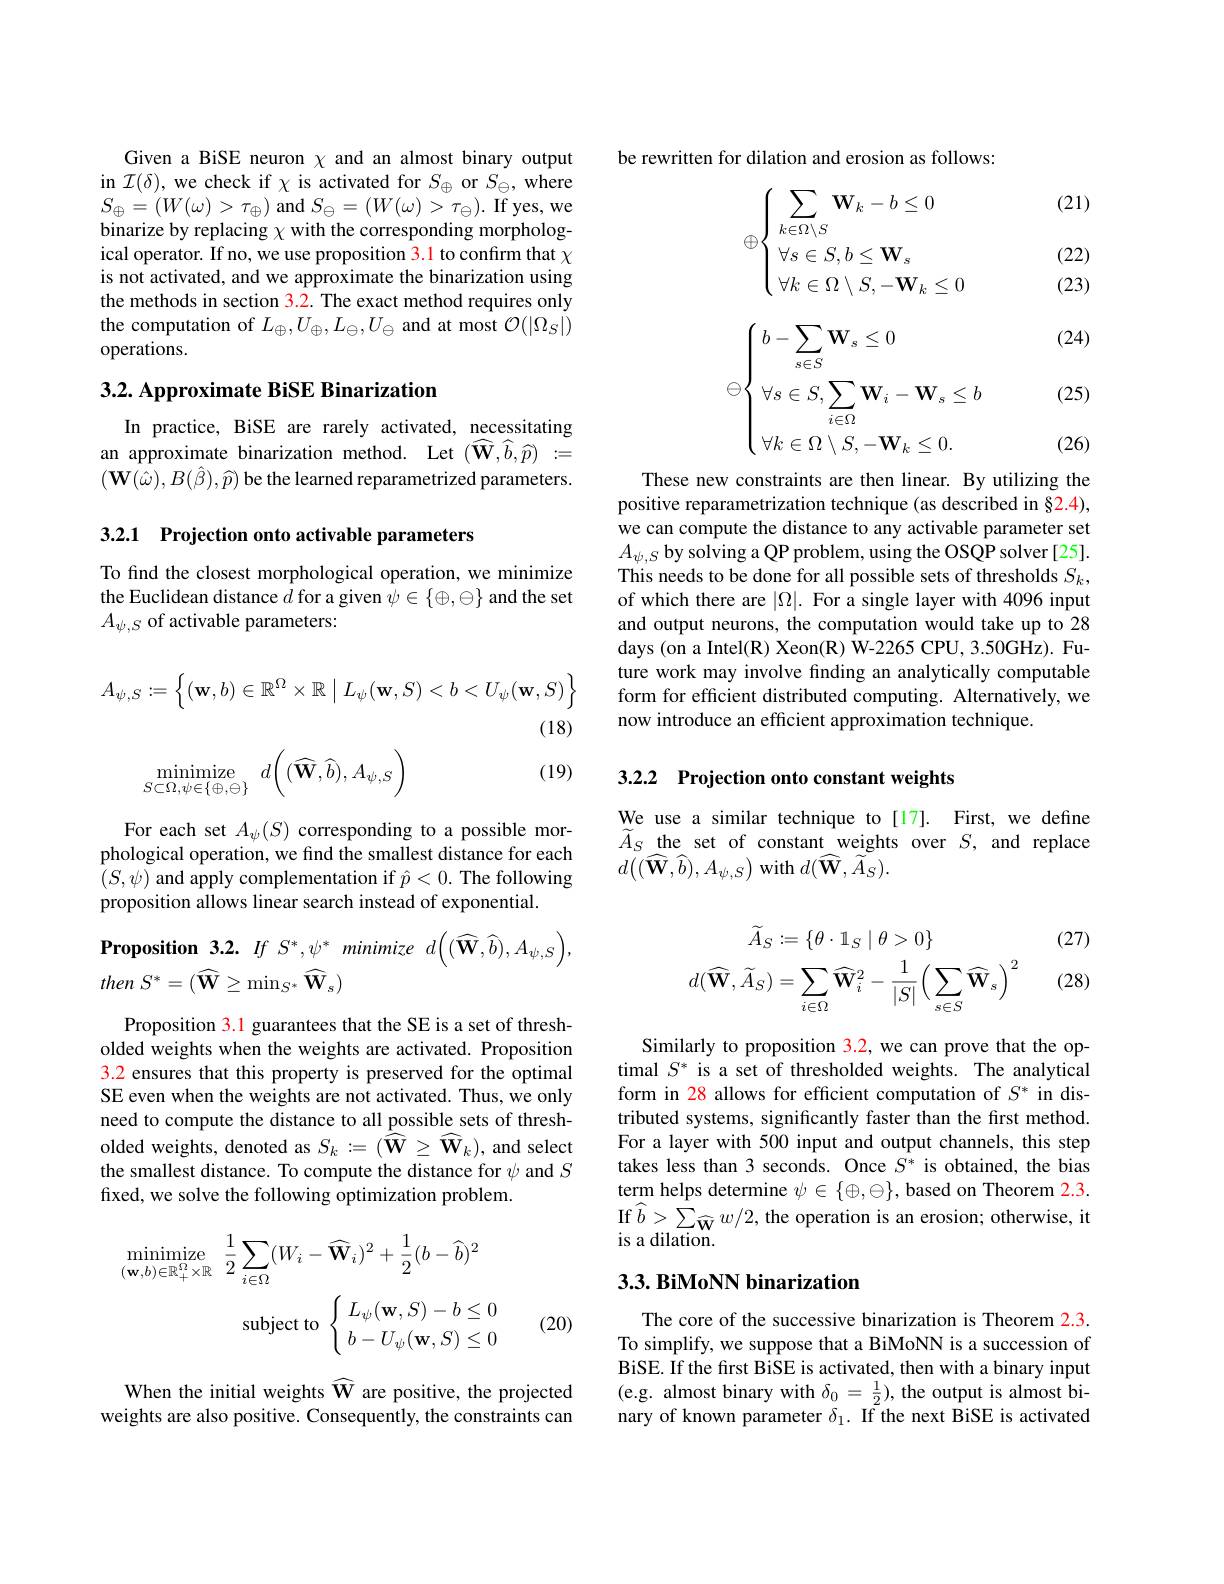
Given a BiSE neuron $\chi$ and an almost binary output in $\mathcal{I}(\delta)$, we check if $\chi$ is activated for $S_\oplus$ or $S_\ominus$, where $S_{\oplus}=(W(\omega)>\tau_{\oplus})$ and $S_\ominus=(W(\omega)>\tau_{\ominus}).$ If yes, we binarize by replacing $\chi$ with the corresponding morphological operator. If no, we use proposition 3.1 to confirm that $\chi$ is not activated, and we approximate the binarization using the methods in section 3.2. The exact method requires only the computation of $L_\oplus,U_\oplus,L_\Theta,U_\ominus$ and at most $\mathcal{O}(|\Omega_S|)$ operations.

## $3. 2. \textbf{ Approximate BiSE Binarization}$

In practice, BiSE are rarely activated, necessitating an approximate binarization method. Let $(\widehat{\mathbf{W}},\widehat{b},\widehat{p}):=$ $(\mathbf{W}(\hat{\omega}),B(\hat{\beta}),\widehat{p})$ be the learned reparametrized parameters.

3.2.1 Projection onto activable parameters

To find the closest morphological operation, we minimize the Euclidean distance $d$ for a given $\psi\in\{\oplus,\ominus\}$ and the set $A_{\psi,S}$ of activable parameters:
$$A_{\psi,S}:=\left\{(\mathbf{w},b)\in\mathbb{R}^{\Omega}\times\mathbb{R}\mid L_{\psi}(\mathbf{w},S)<b<U_{\psi}(\mathbf{w},S)\right\}$$
(18)

(19)
$$\underset{S\subset\Omega,\psi\in\{\oplus,\ominus\}}{\text{minimize}}\:d\bigg((\widehat{\mathbf{W}},\widehat{b}),A_{\psi,S}\bigg)$$
For each set $A_\psi(S)$ corresponding to a possible morphological operation, we find the smallest distance for each $(S,\psi)$ and apply complementation if $\hat{p}<0.$ The following proposition allows linear search instead of exponential.

$\textbf{Proposition}3. 2.$ $If$ $S^{* }, \psi ^{* }$ minimize $d\left ( ( \widehat{\mathbf{W} } , \widehat{b} ) , A_{\psi , S}\right ) $,
then $S^{* }= ( \widehat{\mathbf{W} } \geq \min _{S^{* }}\widehat{\mathbf{W} } _{s})$

Proposition $\color{red}{3.1}$ guarantees that the SE is a set of thresholded weights when the weights are activated. Proposition 3.2 ensures that this property is preserved for the optimal SE even when the weights are not activated. Thus, we only need to compute the distance to all possible sets of thresholded weights, denoted as $S_k:=({\hat{\mathbf{W}}}\geq{\widehat{\mathbf{W}}}_k)$, and select the smallest distance. To compute the distance for $\psi$ and $S$ fixed, we solve the following optimization problem.
$$\begin{aligned}\operatorname*{minimize}_{(\mathbf{w},b)\in\mathbb{R}_{+}^{\Omega}\times\mathbb{R}}&\frac{1}{2}\sum_{i\in\Omega}(W_{i}-\widehat{\mathbf{W}}_{i})^{2}+\frac{1}{2}(b-\widehat{b})^{2}\\&\mathrm{subject~to}\:\left\{\begin{array}{l}L_{\psi}(\mathbf{w},S)-b\leq0\\b-U_{\psi}(\mathbf{w},S)\leq0\end{array}\right.\end{aligned}$$
(20)

When the initial weights $\widehat{\mathbf{W}}$ are positive, the projected weights are also positive. Consequently, the constraints can

be rewritten for dilation and erosion as follows:

(21)
$$\oplus\begin{cases}\sum\limits_{k\in\Omega\setminus S}\mathbf{W}_k-b\leq0\\\:\forall s\in S,b\leq\mathbf{W}_s\\\:\forall k\in\Omega\setminus S,-\mathbf{W}_k\leq0\end{cases}$$
(22)

(23)

(24)
$$\oplus\begin{cases}\:b-\sum\limits_{s\in S}\mathbf{W}_s\leq0\\\:\forall s\in S,\sum\limits_{i\in\Omega}\mathbf{W}_i-\mathbf{W}_s\leq b\\\:\forall k\in\Omega\setminus S,-\mathbf{W}_k\leq0.\end{cases}$$
(25)

(26)

These new constraints are then linear. By utilizing the positive reparametrization technique (as described in §2.4), we can compute the distance to any activable parameter set $A_{\psi,S}$ by solving a QP problem, using the OSQP solver [25]. This needs to be done for all possible sets of thresholds $S_k$, of which there are $|\Omega|.$ For a single layer with 4096 input and output neurons, the computation would take up to 28 days (on a Intel(R) Xeon(R) W-2265 CPU, 3.50GHz). Future work may involve finding an analytically computable form for efficient distributed computing. Alternatively, we now introduce an efficient approximation technique.

3.2.2 Projection onto constant weights

We use a similar technique to [17]. First, we define $\widetilde{A}_{S}$ the set of constant weights over $S$, and replace $d(\tilde{(\mathbf{W}},\hat{b}),A_{\psi,S})$ with $d(\widetilde{\mathbf{W}},\widetilde{A}_{S}).$

(27)
$$\begin{aligned}\widetilde{A}_{S}&:=\{\theta\cdot\mathbb{1}_{S}\mid\theta>0\}\\d(\widehat{\mathbf{W}},\widetilde{A}_{S})&=\sum_{i\in\Omega}\widehat{\mathbf{W}}_{i}^{2}-\frac{1}{|S|}\Big(\sum_{s\in S}\widehat{\mathbf{W}}_{s}\Big)^{2}\end{aligned}$$
(28)

Similarly to proposition 3.2, we can prove that the optimal $S^*$ is a set of thresholded weights. The analytical form in 28 allows for efficient computation of $S^*$ in distributed systems, significantly faster than the first method. For a layer with 500 input and output channels, this step takes less than 3 seconds. Once $S^*$ is obtained, the bias term helps determine $\psi\in\{\oplus,\ominus\}$, based on Theorem 2.3. If$\hat{b}>\sum_{\widehat{\mathbf{W}}}w/2$,the operation is an erosion; otherwise, it is a dilation.

## $3. 3. \textbf{BiMoNN binarization}$

The core of the successive binarization is Theorem 2.3. To simplify, we suppose that a BiMoNN is a succession of BiSE. If the frst BiSE is activated, then with a binary input (e.g. almost binary with $\delta_0=\frac12)$, the output is almost binary of known parameter $\delta_1.$ If the next BiSE is activated